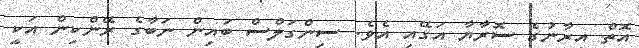
އޮތް އީރާނުގެ ސޮރާޔާ އަގޭއި އެވެ. ސިންގަލްސް ބައިން ނަބާގެ ރޭންކިން އަކީ